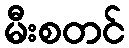
မီးစတင်